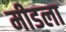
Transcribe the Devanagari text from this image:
मीडला